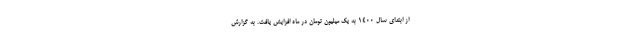
از ابتدای سال ۱۴۰۰ به یک میلیون تومان در ماه افزایش یافت. به گزارش